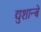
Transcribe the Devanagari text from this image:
द्युशान्बे